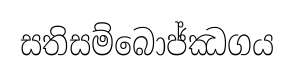
සතිසම්බොජ්ඣගය